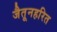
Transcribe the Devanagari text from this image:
जैतूनहरित